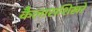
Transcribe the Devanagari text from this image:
कैलासशिखरे